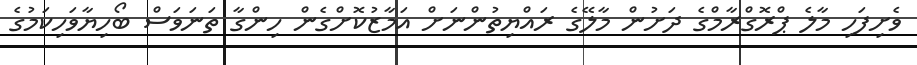
ވެށިފަހި މާލެ ޕްރޮގްރާމްގެ ދަށުން މާލޭގެ ރައްޔިތުންނަށް އަމާޒުކޮށްގެން ހިންގާ ތަނަވަސް ބޯހިޔާވަހިކަމުގެ